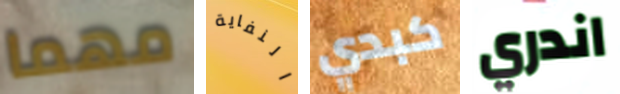
مهما النفاية كبدي اندري